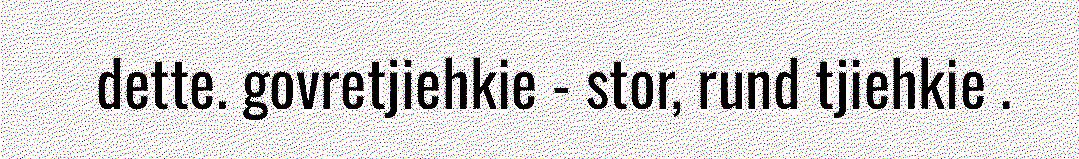
dette. govretjiehkie - stor, rund tjiehkie .